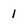
Character: 1